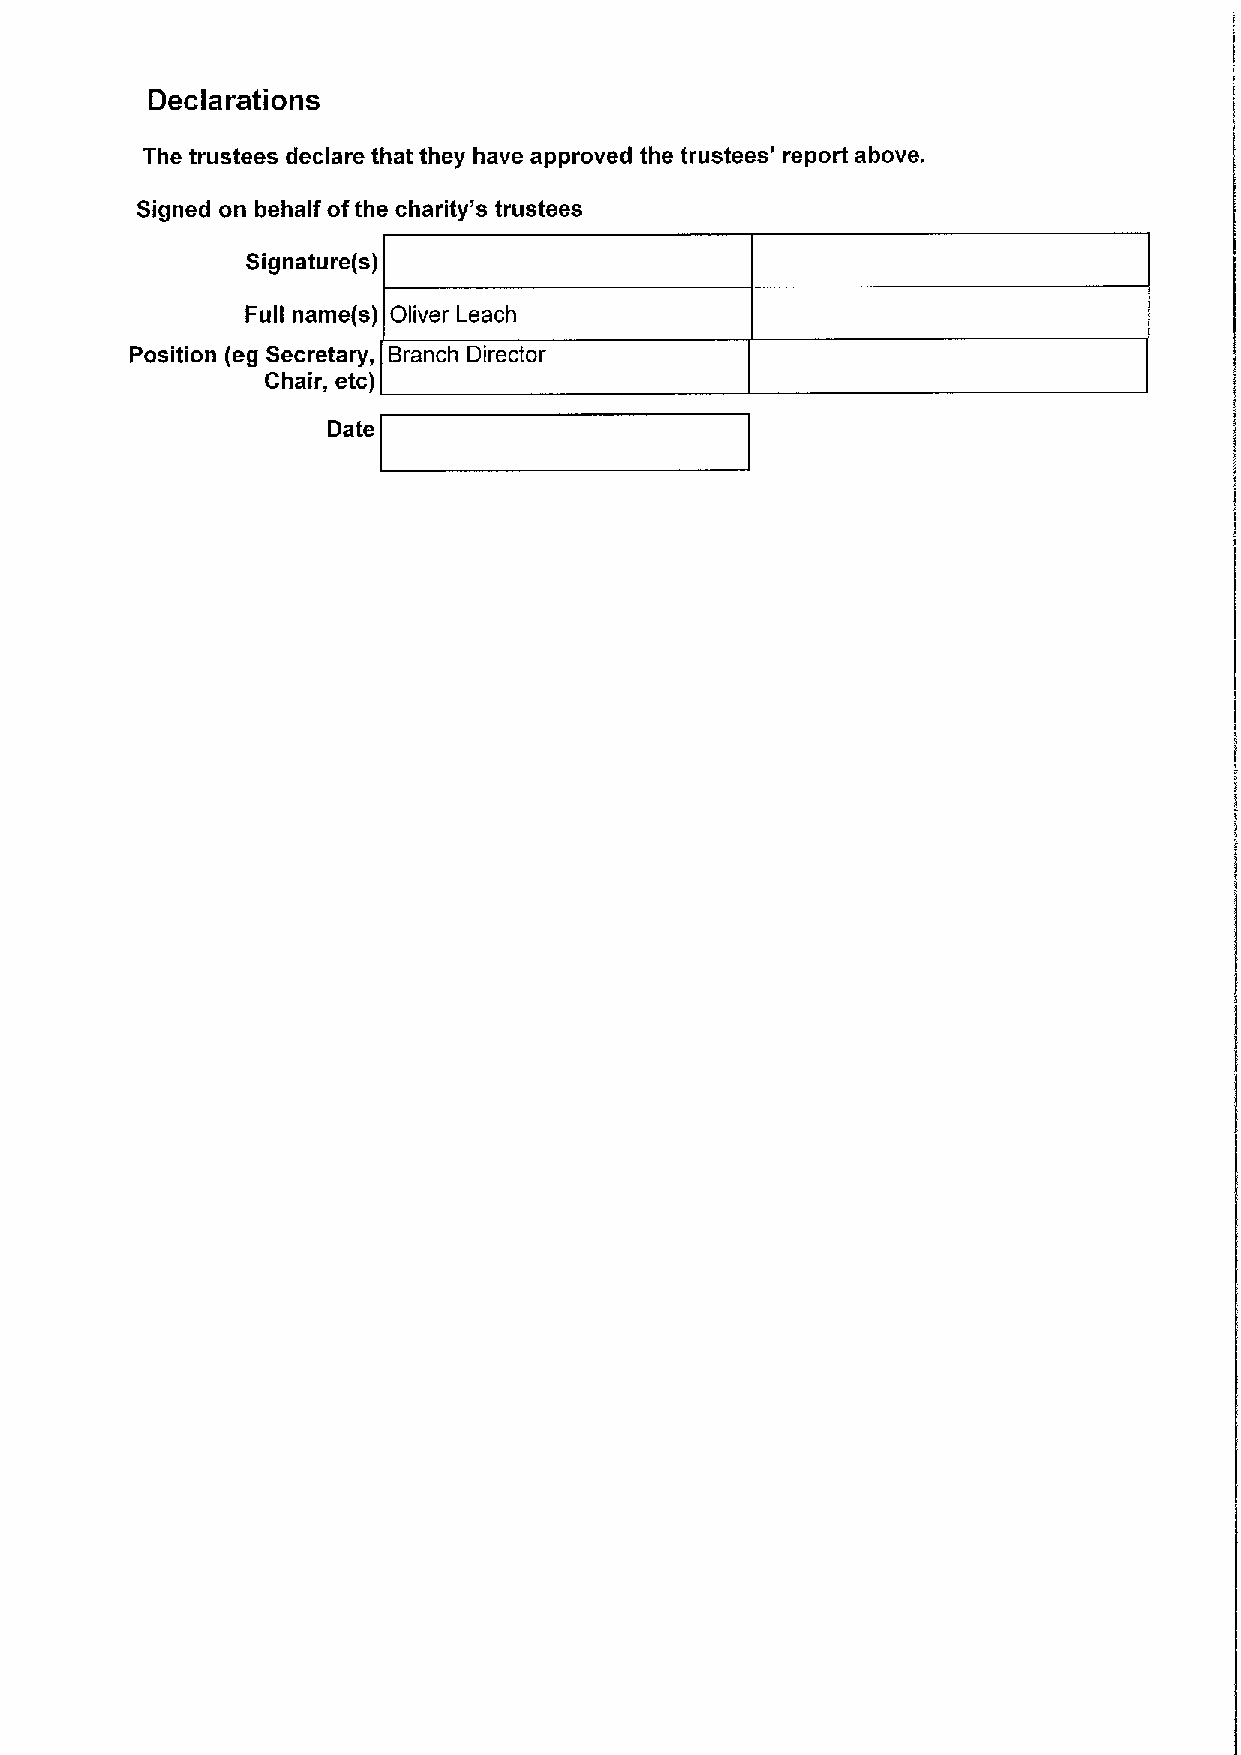
Declarations
 The trustees declare that they have approved the trustees' report above.
 Signed on behalf ofthe charity's trustees
 Signature(s)
 Full name(s) Oliver Leach
 Position (eg Secretary, Branch Director
 Chair, etc)
 Date